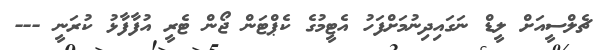
ޗެލްސީއަށް ލީޑް ނަގައިދިނުމަށްފަހު އެޓީމުގެ ކެޕްޓަން ޖޯން ޓެރީ އުފާފާޅު ކުރަނީ ---